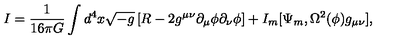
{ I } = \frac { 1 } { 1 6 \pi G } \int d ^ { 4 } x \sqrt { - g } \left[ R - 2 g ^ { \mu \nu } \partial _ { \mu } \phi \partial _ { \nu } \phi \right] + I _ { m } [ \Psi _ { m } , \Omega ^ { 2 } ( \phi ) g _ { \mu \nu } ] ,